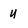
Character: u